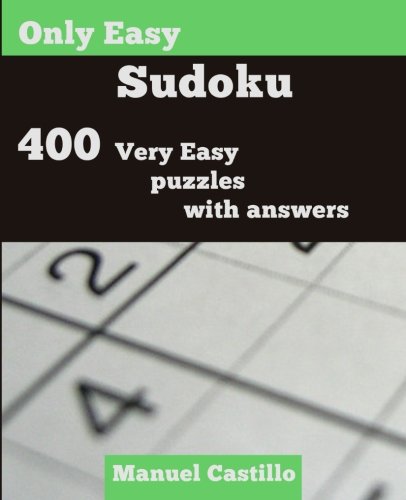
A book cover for Only Easy Sudoku: 400 Very Easy Puzzles; Manuel Castillo; Humor & Entertainment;